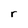
Character: r